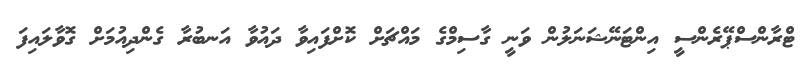
ޓްރާންސްޕޭރެންސީ އިންޓަނޭޝަނަލުން ވަނީ ގާސިމްގެ މައްޗަށް ކޮށްފައިވާ ދައުވާ އަނބުރާ ގެންދިއުމަށް ގޮވާލައިފަ